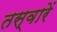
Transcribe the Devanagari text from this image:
तस्‍वारें